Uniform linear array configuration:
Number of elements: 48
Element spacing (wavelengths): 1
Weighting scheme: hamming
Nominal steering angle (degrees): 15
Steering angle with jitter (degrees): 16.072
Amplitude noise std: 0.05
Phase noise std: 0.05

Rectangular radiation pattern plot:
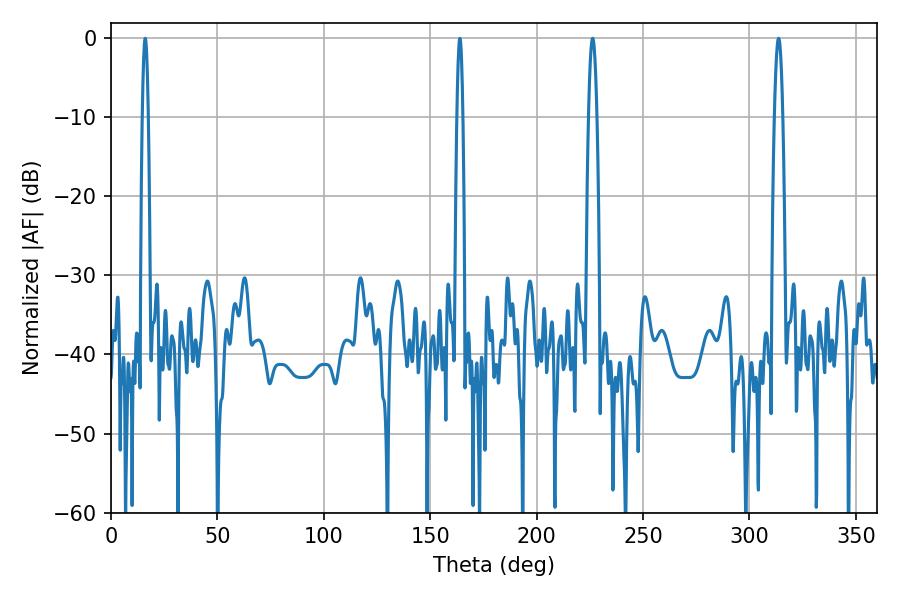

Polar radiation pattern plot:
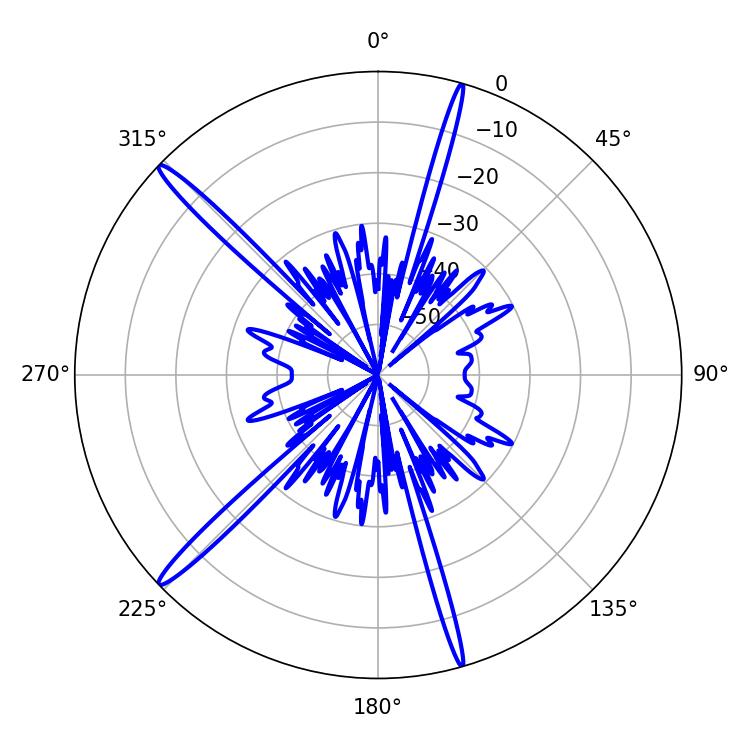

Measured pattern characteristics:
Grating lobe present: TRUE
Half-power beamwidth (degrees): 1.98
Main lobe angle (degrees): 226.26